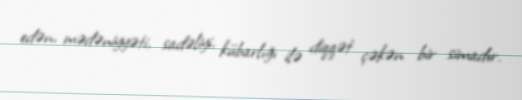
edən, mədəniyyəti, sadəliyi, kübarlığı ilə diqqət çəkən bir simadır.